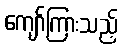
ကျော်ကြားသည့်